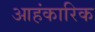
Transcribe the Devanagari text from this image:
आहंकारिक